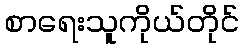
စာရေးသူကိုယ်တိုင်